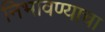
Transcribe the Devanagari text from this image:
निभावण्याचा